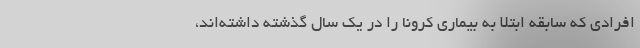
افرادی که سابقه ابتلا به بیماری کرونا را در یک سال گذشته داشته‌اند،